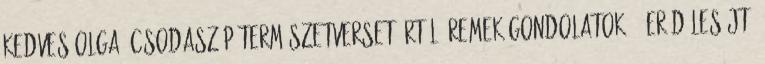
Kedves Olga, csodaszép természetverset írtál. Remek gondolatok: ,,Erőd lesújt,